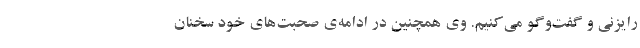
رایزنی و گفت‌وگو می‌کنیم. وی همچنین در ادامه‌ی صحبت‌های خود سخنان